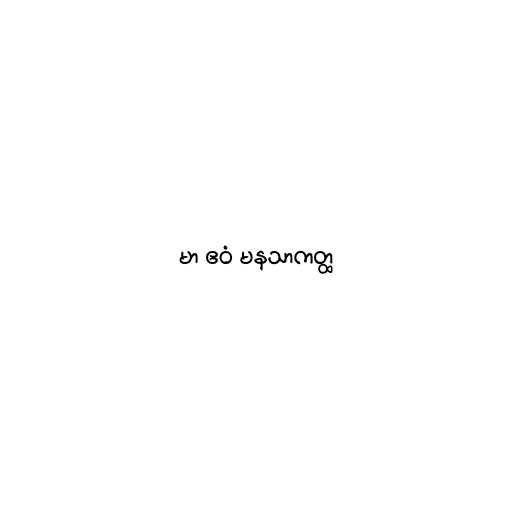
မာ ဧဝံ မနသာကတ္ထ